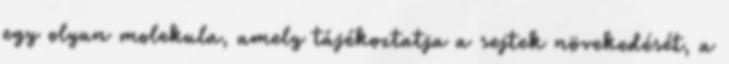
egy olyan molekula, amely tájékoztatja a sejtek növekedését, a